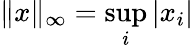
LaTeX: \| x\| _{\infty}=\sup_{i}|x_{i}|